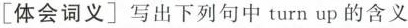
[体会词义]写出下列句中 turn up 的含义